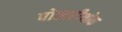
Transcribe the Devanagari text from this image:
पोखरीथोक